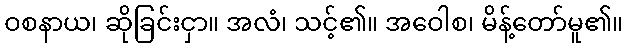
ဝစနာယ၊ ဆိုခြင်းငှာ။ အလံ၊ သင့်၏။ အဝေါစ၊ မိန့်တော်မူ၏။